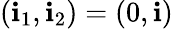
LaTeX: (\mathbf{i}_{1},\mathbf{i}_{2})=(0,\mathbf{i})